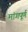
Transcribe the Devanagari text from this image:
मांगपूर्ण